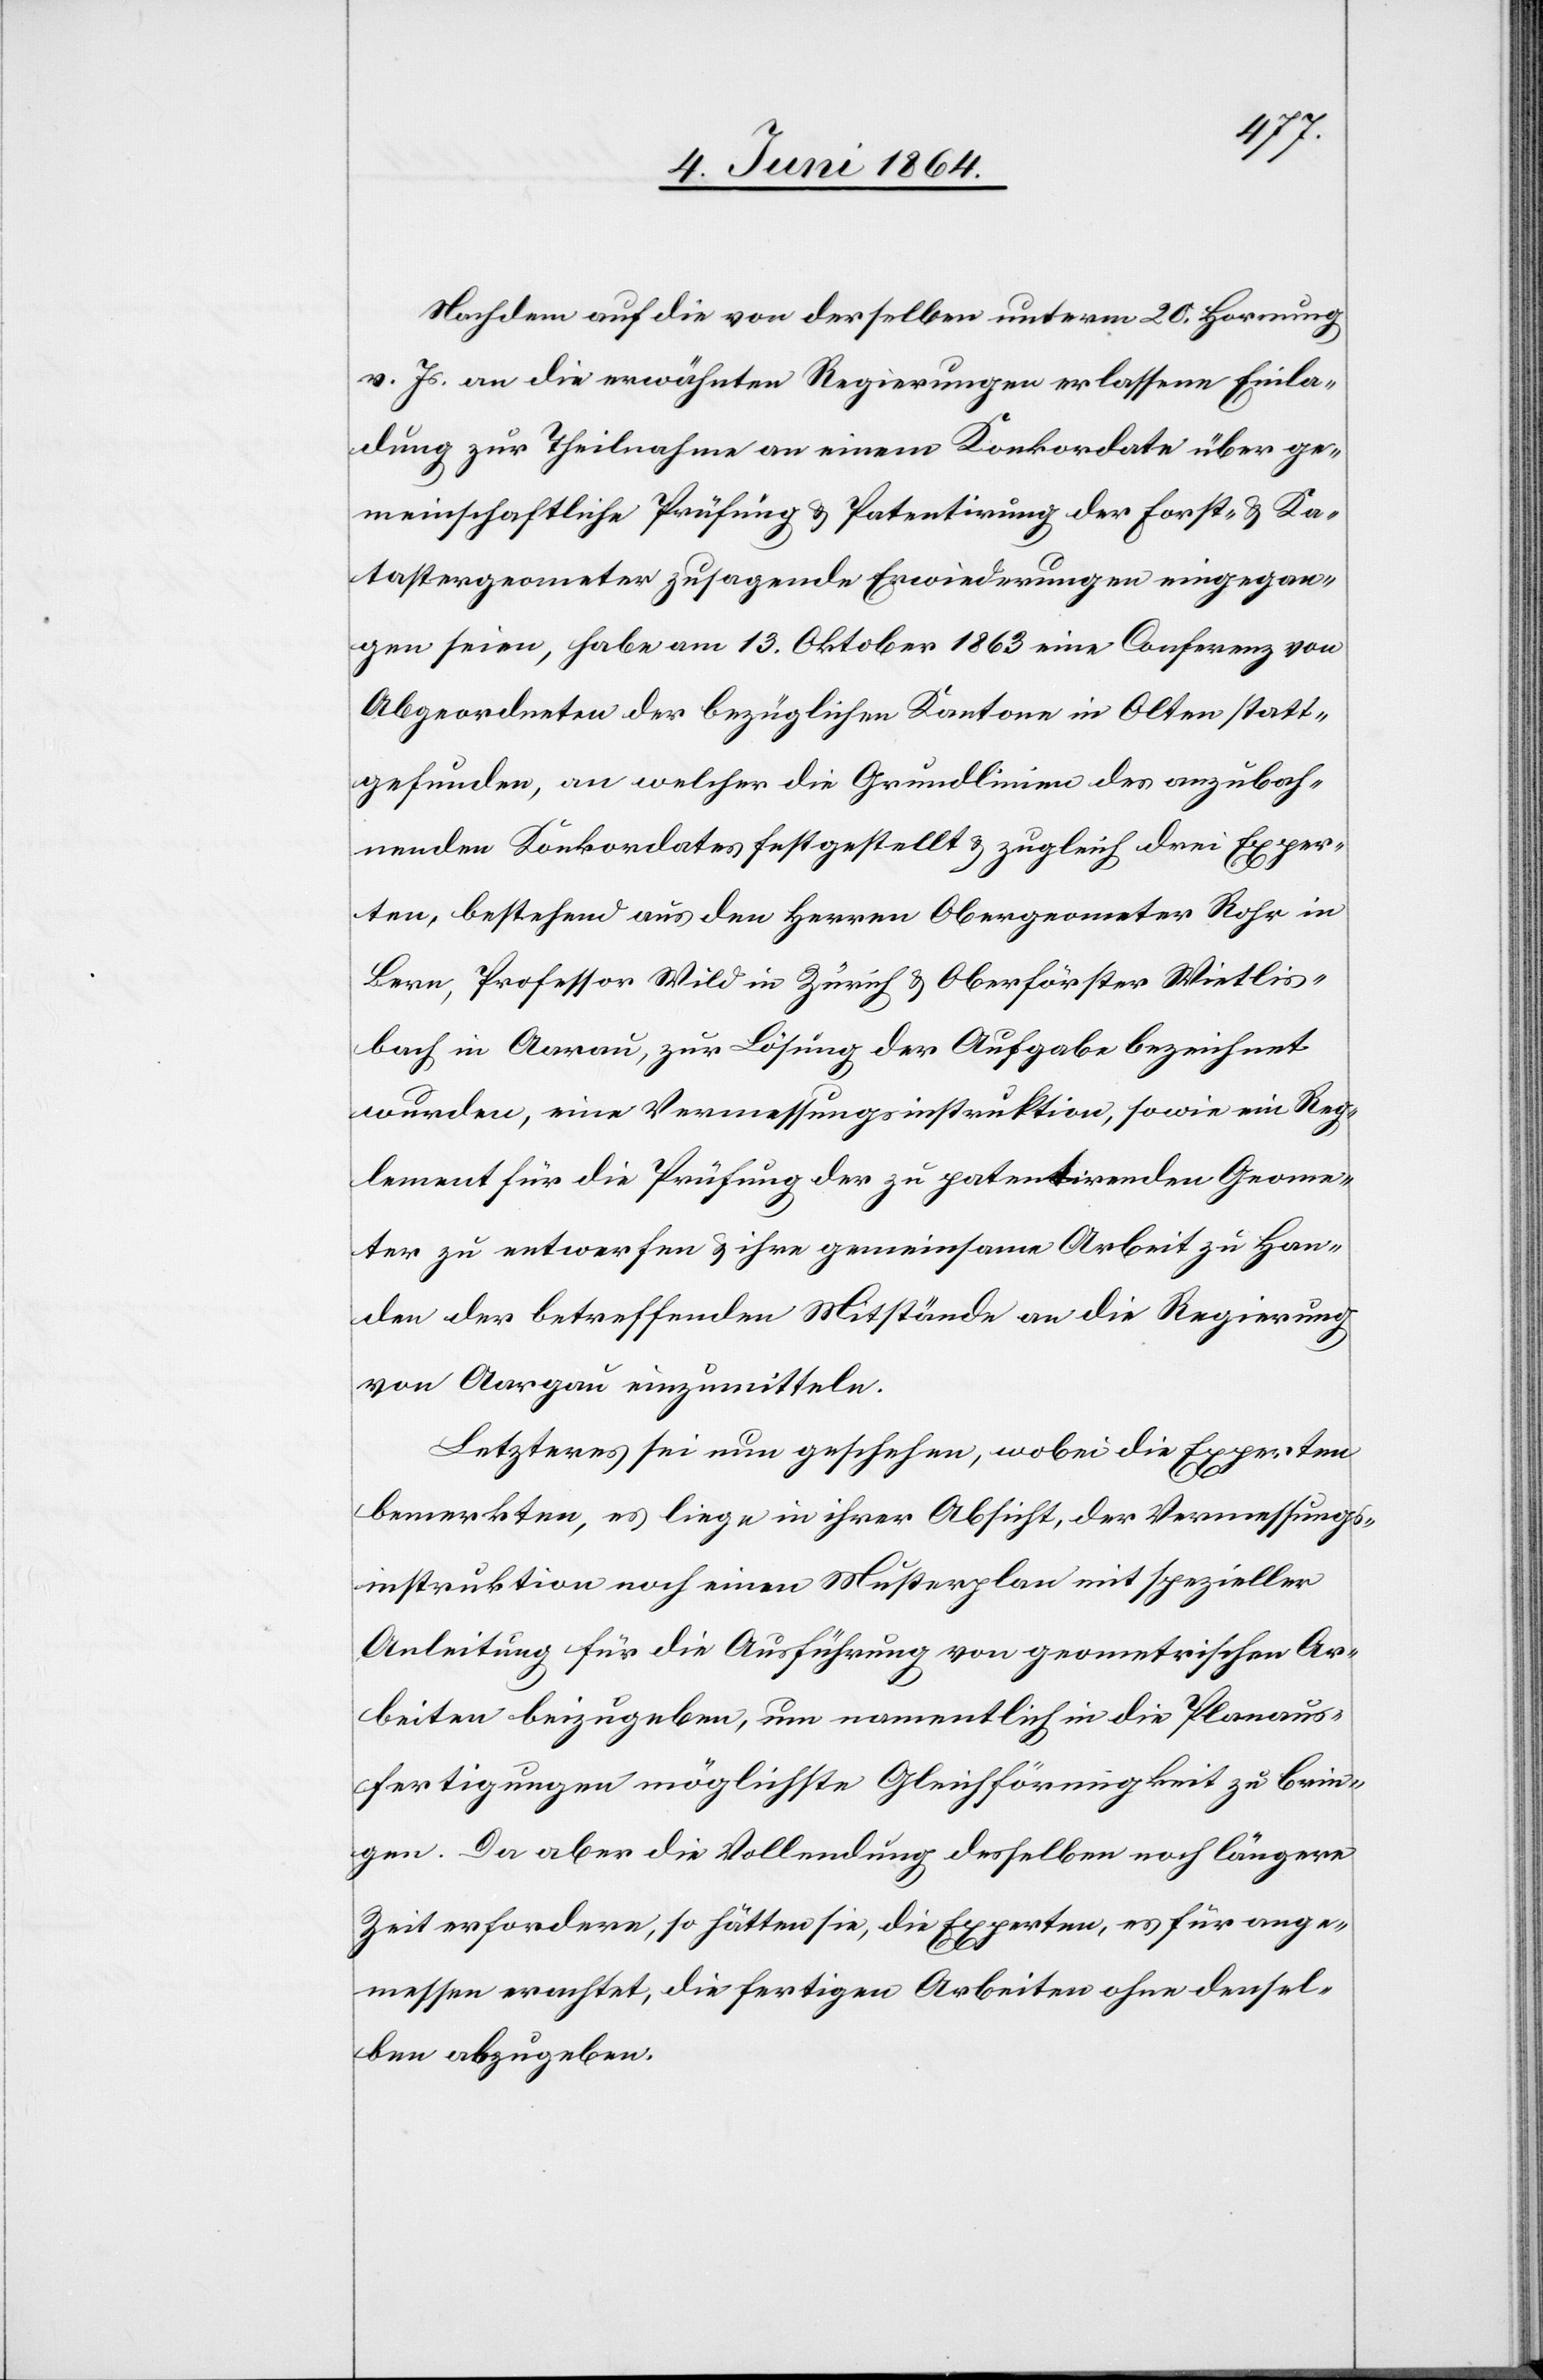
Nachdem auf die von derselben unterm 20. Hornung
v. Js. an die erwähnten Regierungen erlassene Einla¬
dung zur Theilnahme an einem Konkordate über ge¬
meinschaftliche Prüfung u. Patentirung der Forst- u. Ka¬
tastergeometer zusagende Erwiederungen eingegan¬
gen seien, habe am 13. Oktober 1863 eine Conferenz von
Abgeordneten der bezüglichen Kantone in Olten statt¬
gefunden, an welcher die Grundlinien des anzubah¬
nenden Konkordates festgestellt u. zugleich drei Exper¬
ten, bestehend aus den Herren Obergeometer Rohr in
Bern, Professor Wild in Zürich u. Oberförster Wietlis¬
bach in Aarau, zur Lösung der Aufgabe bezeichnet
wurden, eine Vermessungsinstruktion, sowie ein Reg¬
lement für die Prüfung der zu patentirenden Geome¬
ter zu entwerfen u. ihre gemeinsame Arbeit zu Han¬
den der betreffenden Mitstände an die Regierung
von Aargau einzumitteln.
Letzteres sei nun geschehen, wobei die Experten
bemerkten, es liege in ihrer Absicht, der Vermessungs¬
instruktion noch einen Musterplan mit spezieller
Anleitung für die Ausführung von geometrischen Ar¬
beiten beizugeben, um namentlich in die Planaus¬
fertigungen möglichste Gleichförmigkeit zu brin¬
gen. Da aber die Vollendung desselben noch längere
Zeit erfordere, so hätten sie, die Experten, es für ange¬
messen erachtet, die fertigen Arbeiten ohne densel¬
ben abzugeben.